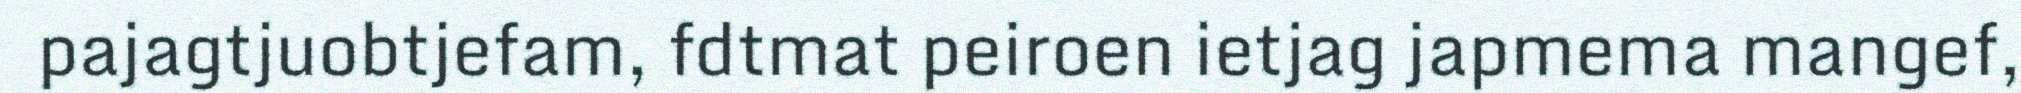
pajagtjuobtjefam, fdtmat peiroen ietjag japmema mangef,